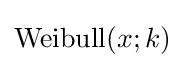
{\text{Weibull}}(x;k)